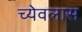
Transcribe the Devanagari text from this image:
च्येवलास